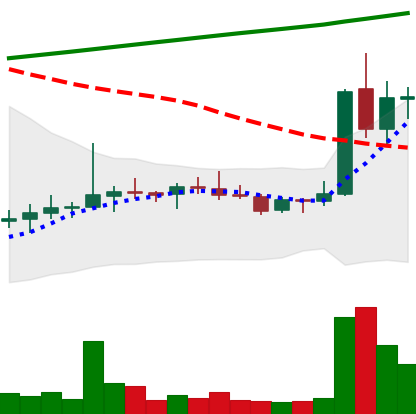
Ticker: DOGE-USD
Chart end date: 2021-08-10
Forward return: 32.689%
Label: up_7plus